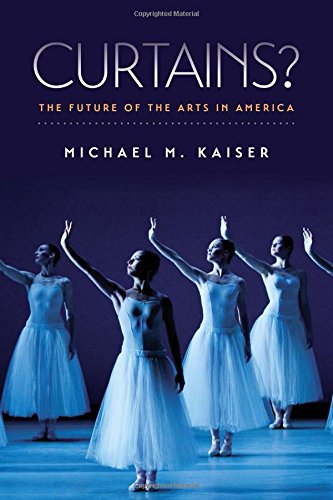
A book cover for Curtains?: The Future of the Arts in America; Michael M. Kaiser; Business & Money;